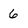
Character: 6